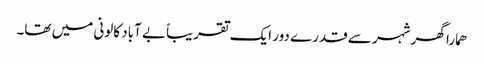
ھمارا گھر شہر سے قدرے دور ایک تقریباً بے آباد کالونی میں تھا۔